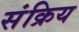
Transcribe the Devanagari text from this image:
संक्रिय